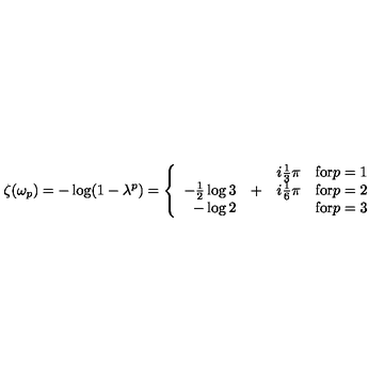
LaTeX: \zeta ( \omega _ { p } ) = - \log ( 1 - \lambda ^ { p } ) = \left\{ \begin{array} { r c l l } { } & { } & { i \frac 1 3 \pi } & { \mathrm { f o r } p = 1 } \\ { - \frac 1 2 \log 3 } & { + } & { i \frac 1 6 \pi } & { \mathrm { f o r } p = 2 } \\ { - \log 2 } & { } & { } & { \mathrm { f o r } p = 3 } \\ \end{array} \right.